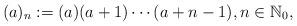
LaTeX: \begin{align*}(a)_n:=(a)(a+1)\cdots(a+n-1),n\in\mathbb N_0,\end{align*}